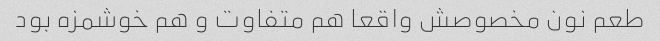
طعم نون مخصوصش واقعا هم متفاوت و هم خوشمزه بود